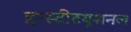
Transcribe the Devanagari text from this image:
इन्स्टीटयूशनल